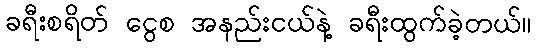
ခရီးစရိတ် ငွေစ အနည်းငယ်နဲ့ ခရီးထွက်ခဲ့တယ်။